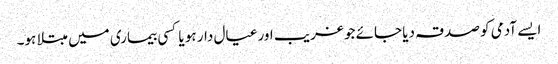
ایسے آدمی کو صدقہ دیا جائے جو غریب اور عیال دار ہو یا کسی بیماری میں مبتلا ہو۔